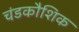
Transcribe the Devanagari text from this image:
चंडकौशिक